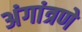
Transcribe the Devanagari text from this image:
अंगांत्रणे